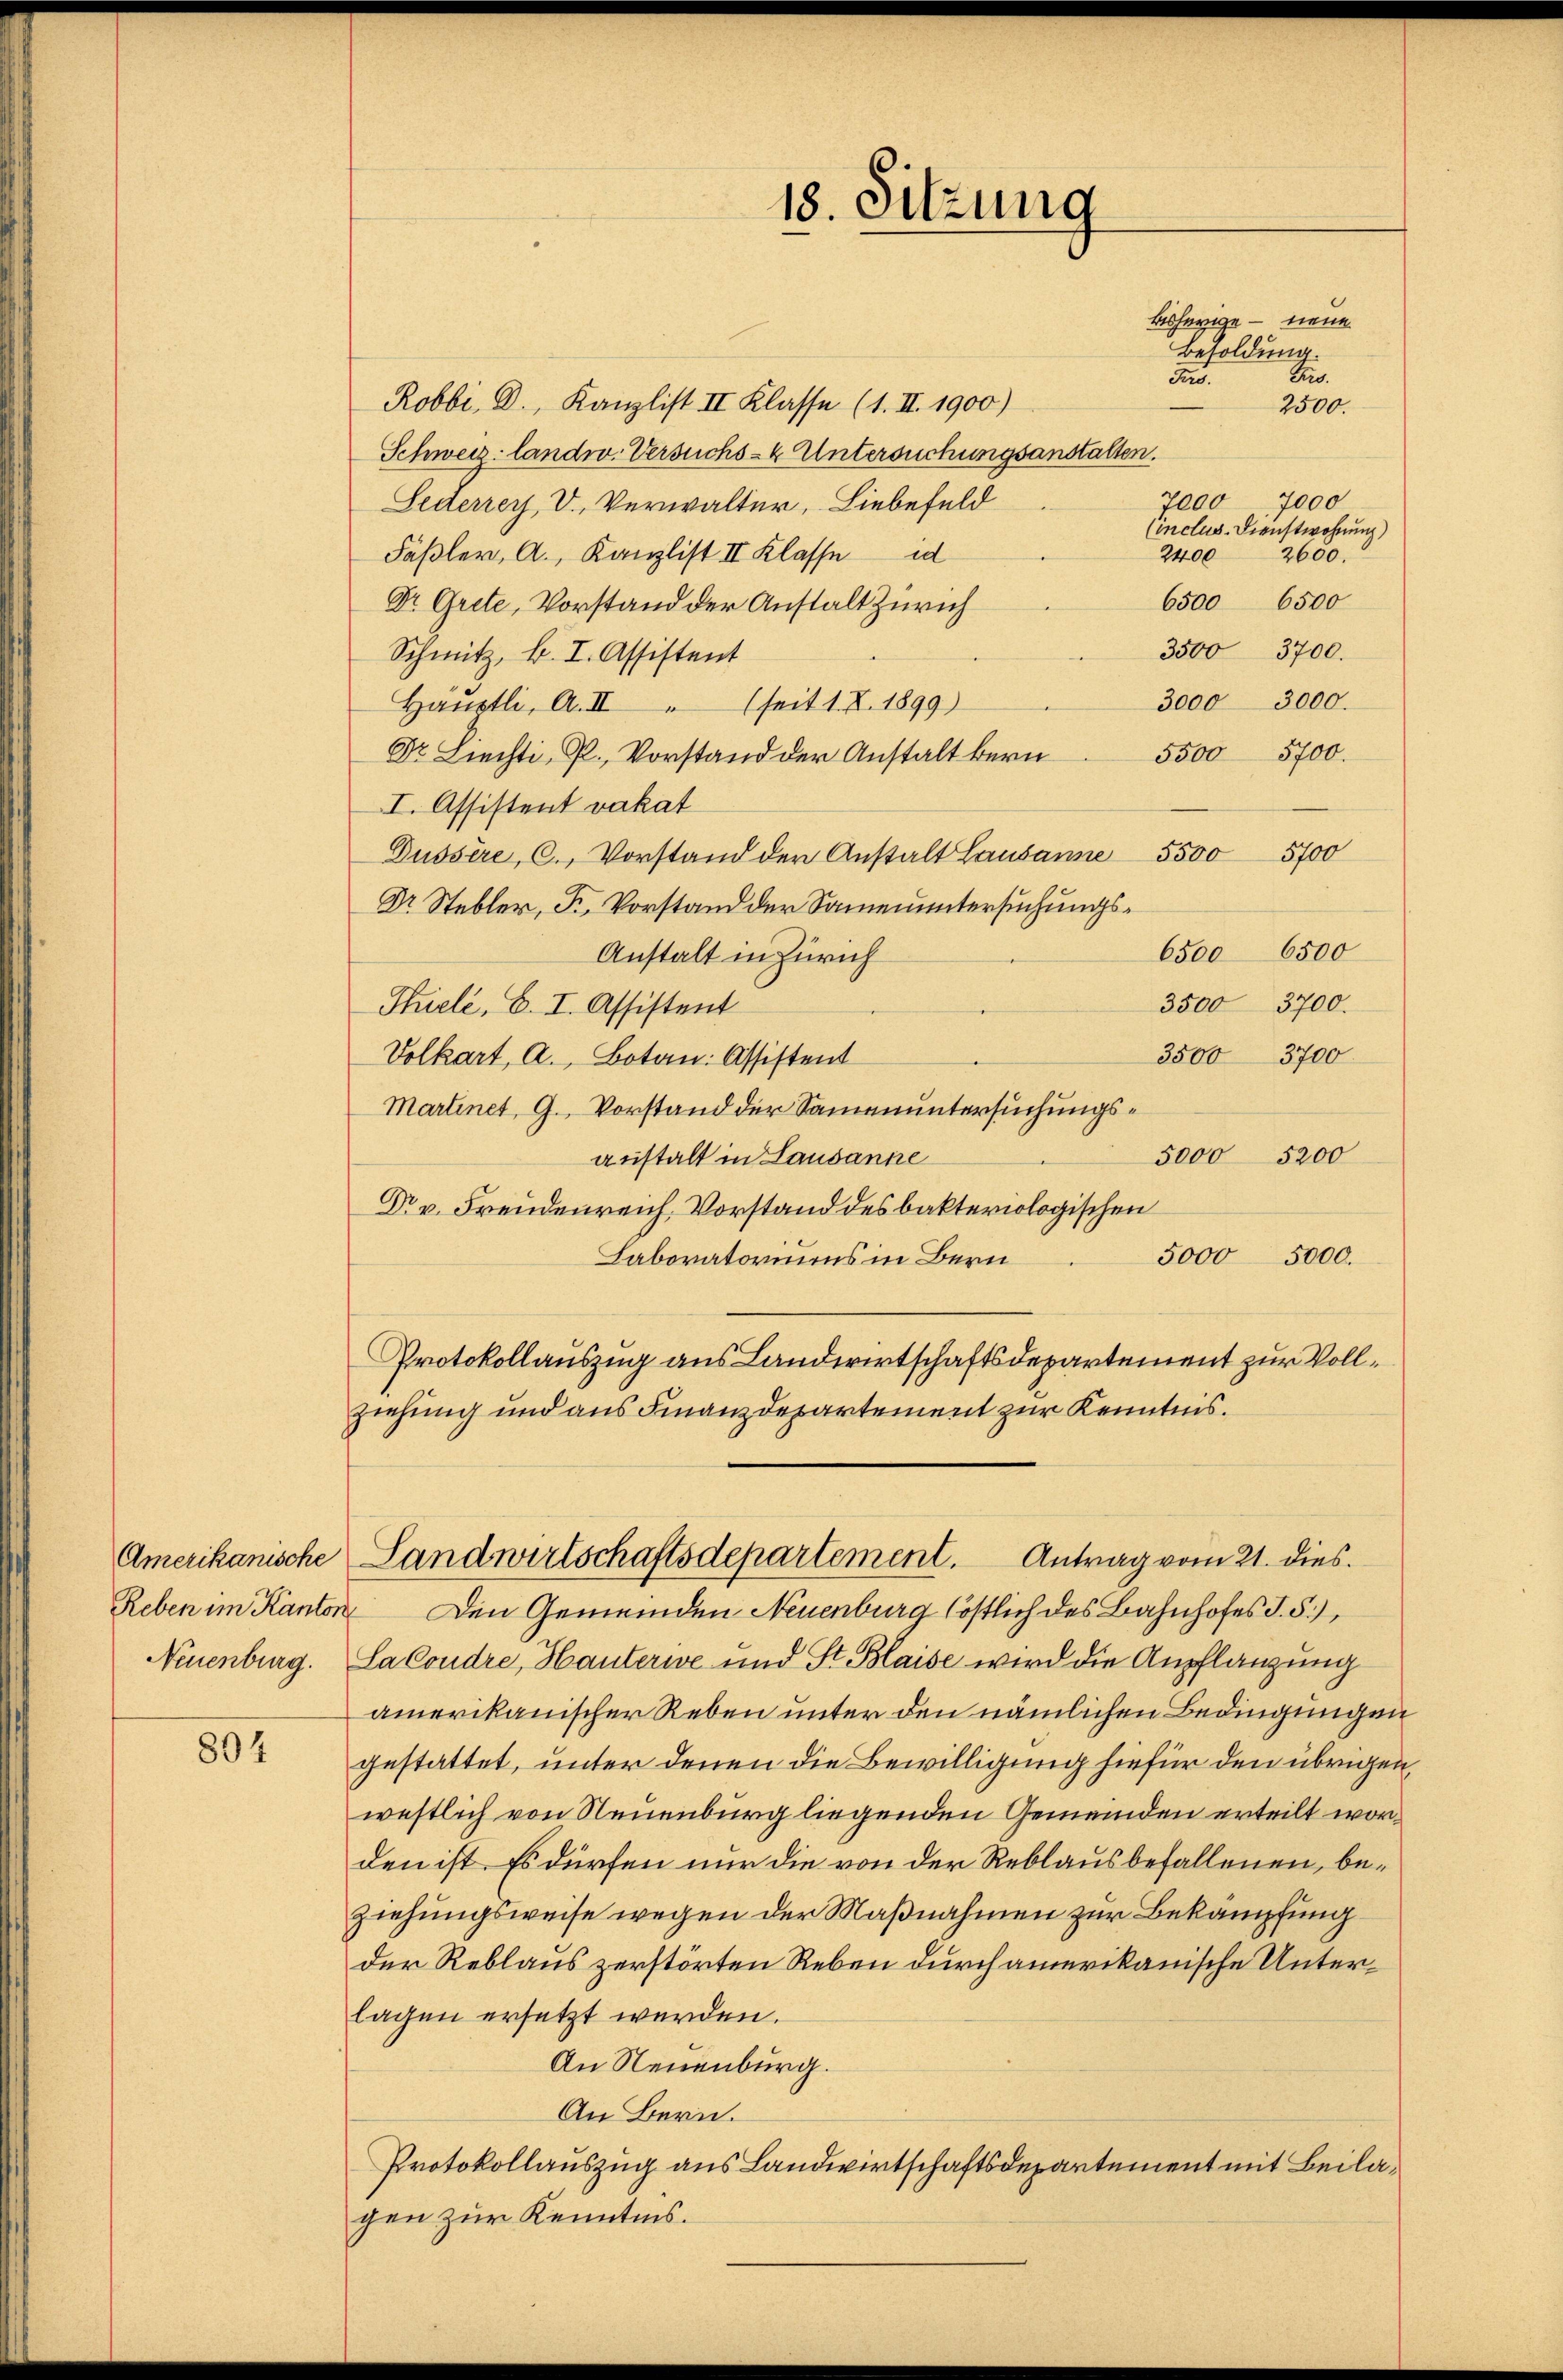
Neuenburg.

804

An
.
Robbi, D., Kanzlist II Klasse (1. II. 1900)
2500.
Schweiz. landw. Versuchs-4 Untersuchungsanstalten.
7000 7000
Sederrey V., Verwalter, Liebefeld
Cinclus-Dienstwohnung)
2400
Fäßler, A., Kanzlist II Klasse d
2650.
6500
6500
Dr. Grete, Vorstand der Anstalt Zürich
3500 3700.
Schmitz, k. I. Assistent
3000 3000.
Häuptli, A. II " (seit 1. X. 1899)
Dr. Liechti, P., Vorstand der Anstalt bern 5500 5700.
I. Assistent vakat
5700
Dussère, C. Vorstand der Anstalt Lausanne 5500
Dr Stebler, K. Vorstand der Samenuntersuchungs¬
6500 6500
Anstalt in Zürich
3500 3700.
Thielé, B. I. Assistent
3500 3700
Volkart, A. Botan. Assistent
Martinet, G. Vorstand der Samenuntersuchungs¬
5000 5200
anstalt in Lausanne
Dr v. Freudenreich. Vorstand des bakteriologischen
5000 5000.
Laboratoriums in Bern
Protokollauszug aus Landwirtschaftsdepartement zur Vollziehung und aus Finanzdepartement zur Kenntnis.

18. Sitzung

bisherige – neue
Besoldung.

Reben im Kanton Den Gemeinden Neuenburg köstlich des Bahnhofes d. 5.)
La Condre, Hauterie und St. Blaise wird die Anpflanzung
amerikanischer Reben unter den nämlichen Bedingungen
gestattet, unter denen die Bewilligung hiefür den übrigen,
westlich von Neuenburg liegenden Gemeinden erteilt worden ist. Es dürfen nur die von der Reblaus befallenen, beziehungsweise wegen der Maßnahmen zur Bekämpfung
der Reblaus zerstörten Reben durch amerikanische Unterlagen ersetzt werden.
An Neuenburg.
An Bern.
Protokollauszug aus Landwirtschaftsdepartement mit Beilagen zur Kenntnis.

Amerikanische Landwirtschaftsdepartement. Antrag vom 21. dies